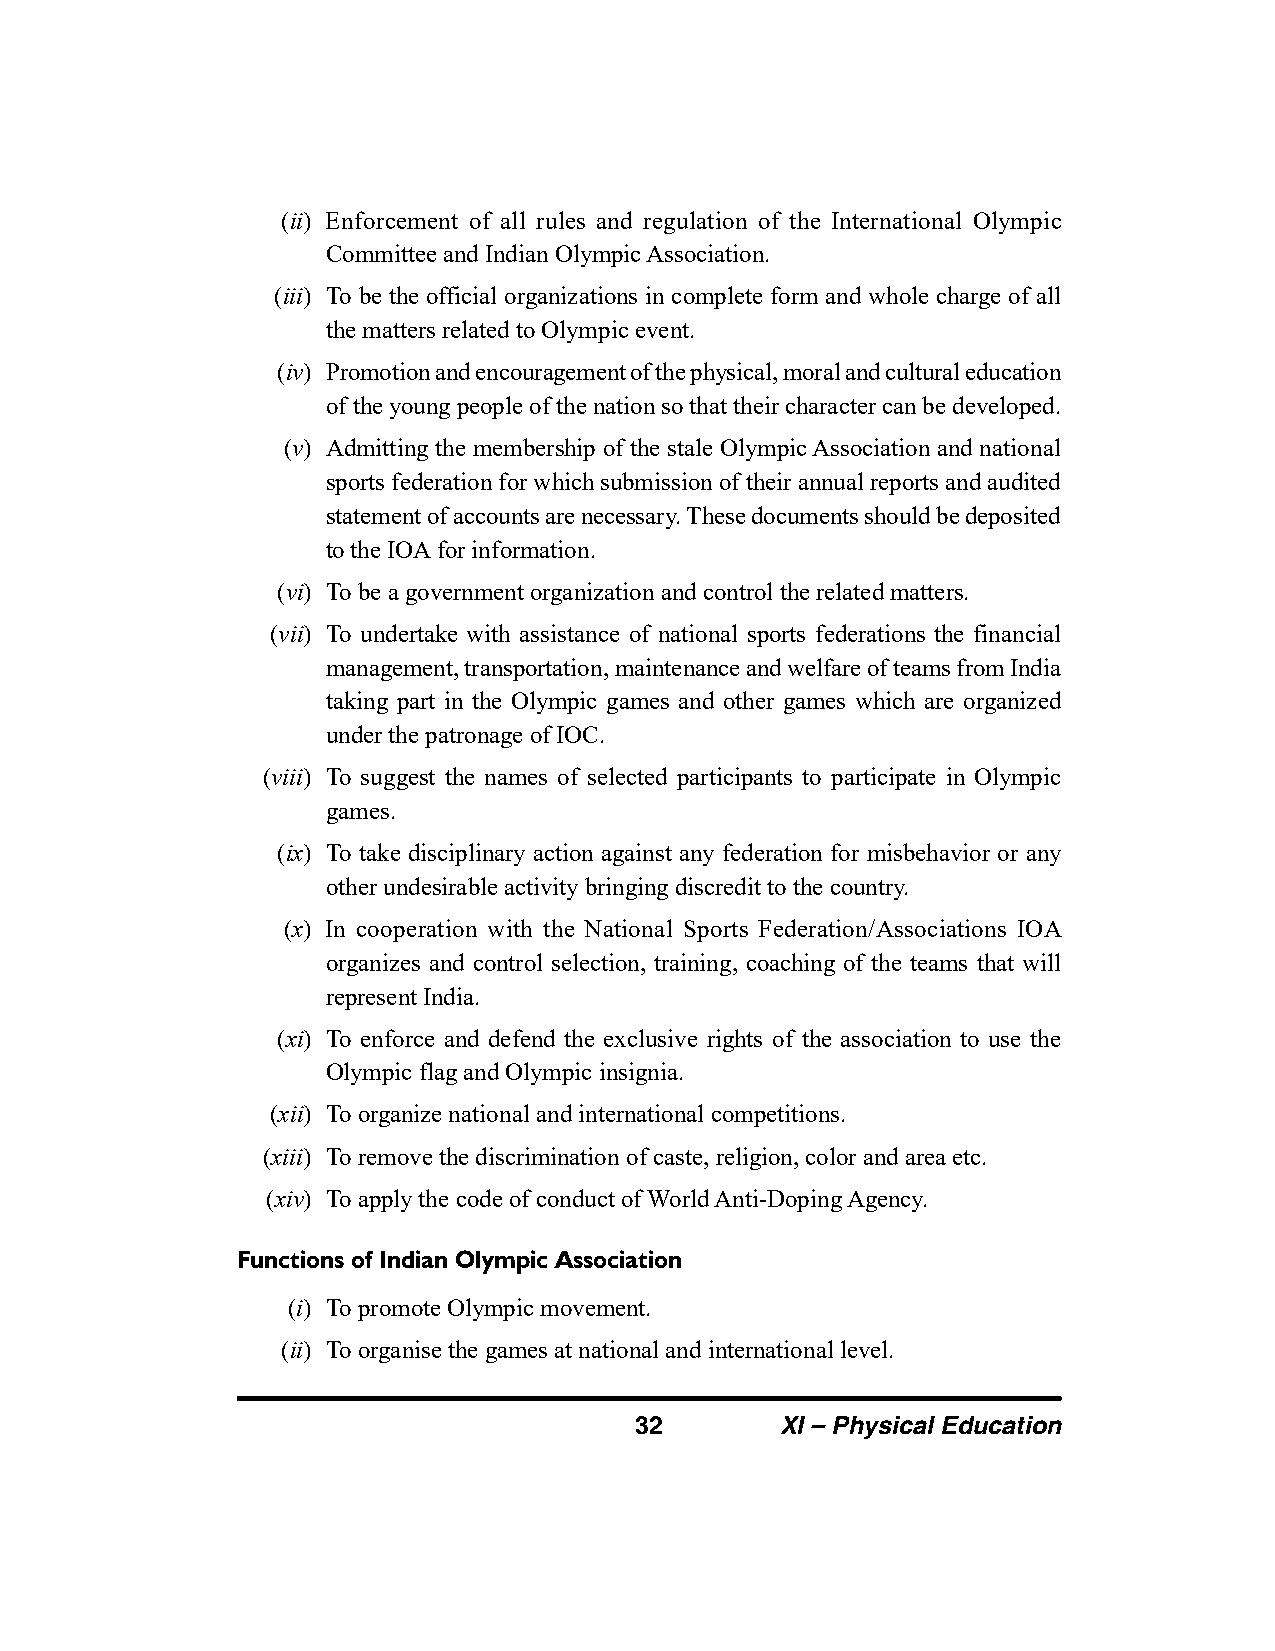
(ii) Enforcement of all rules and regulation of the International Olympic
 Committee and Indian Olympic Association.
 (iii) To be the official organizations in complete form and whole charge of all
 the matters related to Olympic event.
 (iv) Promotion and encouragement of the physical, moral and cultural education
 of the young people of the nation so that their character can be developed.
 (v) Admitting the membership of the stale Olympic Association and national
 sports federation for which submission of their annual reports and audited
 statement of accounts are necessary. These documents should be deposited
 to the IOA for information.
 (vi) To be a government organization and control the related matters.
 (vii) To undertake with assistance of national sports federations the financial
 management, transportation, maintenance and welfare of teams from India
 taking part in the Olympic games and other games which are organized
 under the patronage of IOC.
 (viii) To suggest the names of selected participants to participate in Olympic
 games.
 (ix) To take disciplinary action against any federation for misbehavior or any
 other undesirable activity bringing discredit to the country.
 (x) In cooperation with the National Sports Federation/Associations IOA
 organizes and control selection, training, coaching of the teams that will
 represent India.
 (xi) To enforce and defend the exclusive rights of the association to use the
 Olympic flag and Olympic insignia.
 (xii) To organize national and international competitions.
 (xiii) To remove the discrimination of caste, religion, color and area etc.
 (xiv) To apply the code of conduct of World Anti-Doping Agency.
 Functions of Indian Olympic Association
 (i) To promote Olympic movement.
 (ii) To organise the games at national and international level.
 32        XI – Physical Education